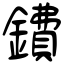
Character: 鐨